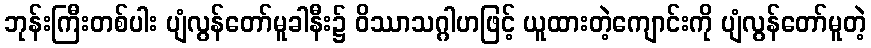
ဘုန်းကြီးတစ်ပါး ပျံလွန်တော်မူခါနီး၌ ဝိဿာသဂ္ဂါဟဖြင့် ယူထားတဲ့ကျောင်းကို ပျံလွန်တော်မူတဲ့